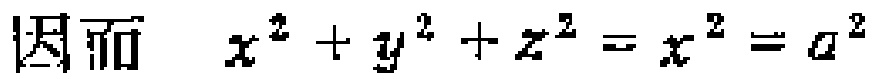
因而 \(x^{2}+y^{2}+z^{2}=x^{2}=a^{2}\)